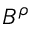
B ^ { \rho }